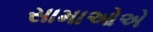
સામાઓએ